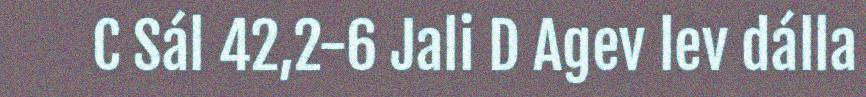
C Sál 42,2-6 Jali D Agev lev dálla